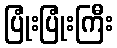
ပြုံးပြုံးကြီး